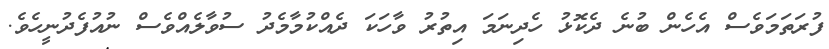
ފުރަތަމަވެސް އެހެން ބުނެ ދެކޮޅު ހެދިނަމަ އިތުރު ވާހަކަ ދެއްކުމާމެދު ސުވާލެއްވެސް ނުއުފެދުނީހެވެ.